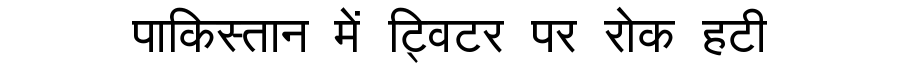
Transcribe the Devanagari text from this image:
पाकिस्तान में ट्विटर पर रोक हटी